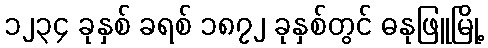
၁၂၃၄ ခုနှစ် ခရစ် ၁၈၇၂ ခုနှစ်တွင် ဓနုဖြူမြို့